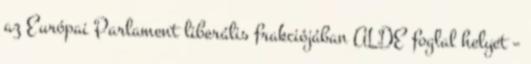
az Európai Parlament liberális frakciójában ALDE foglal helyet –